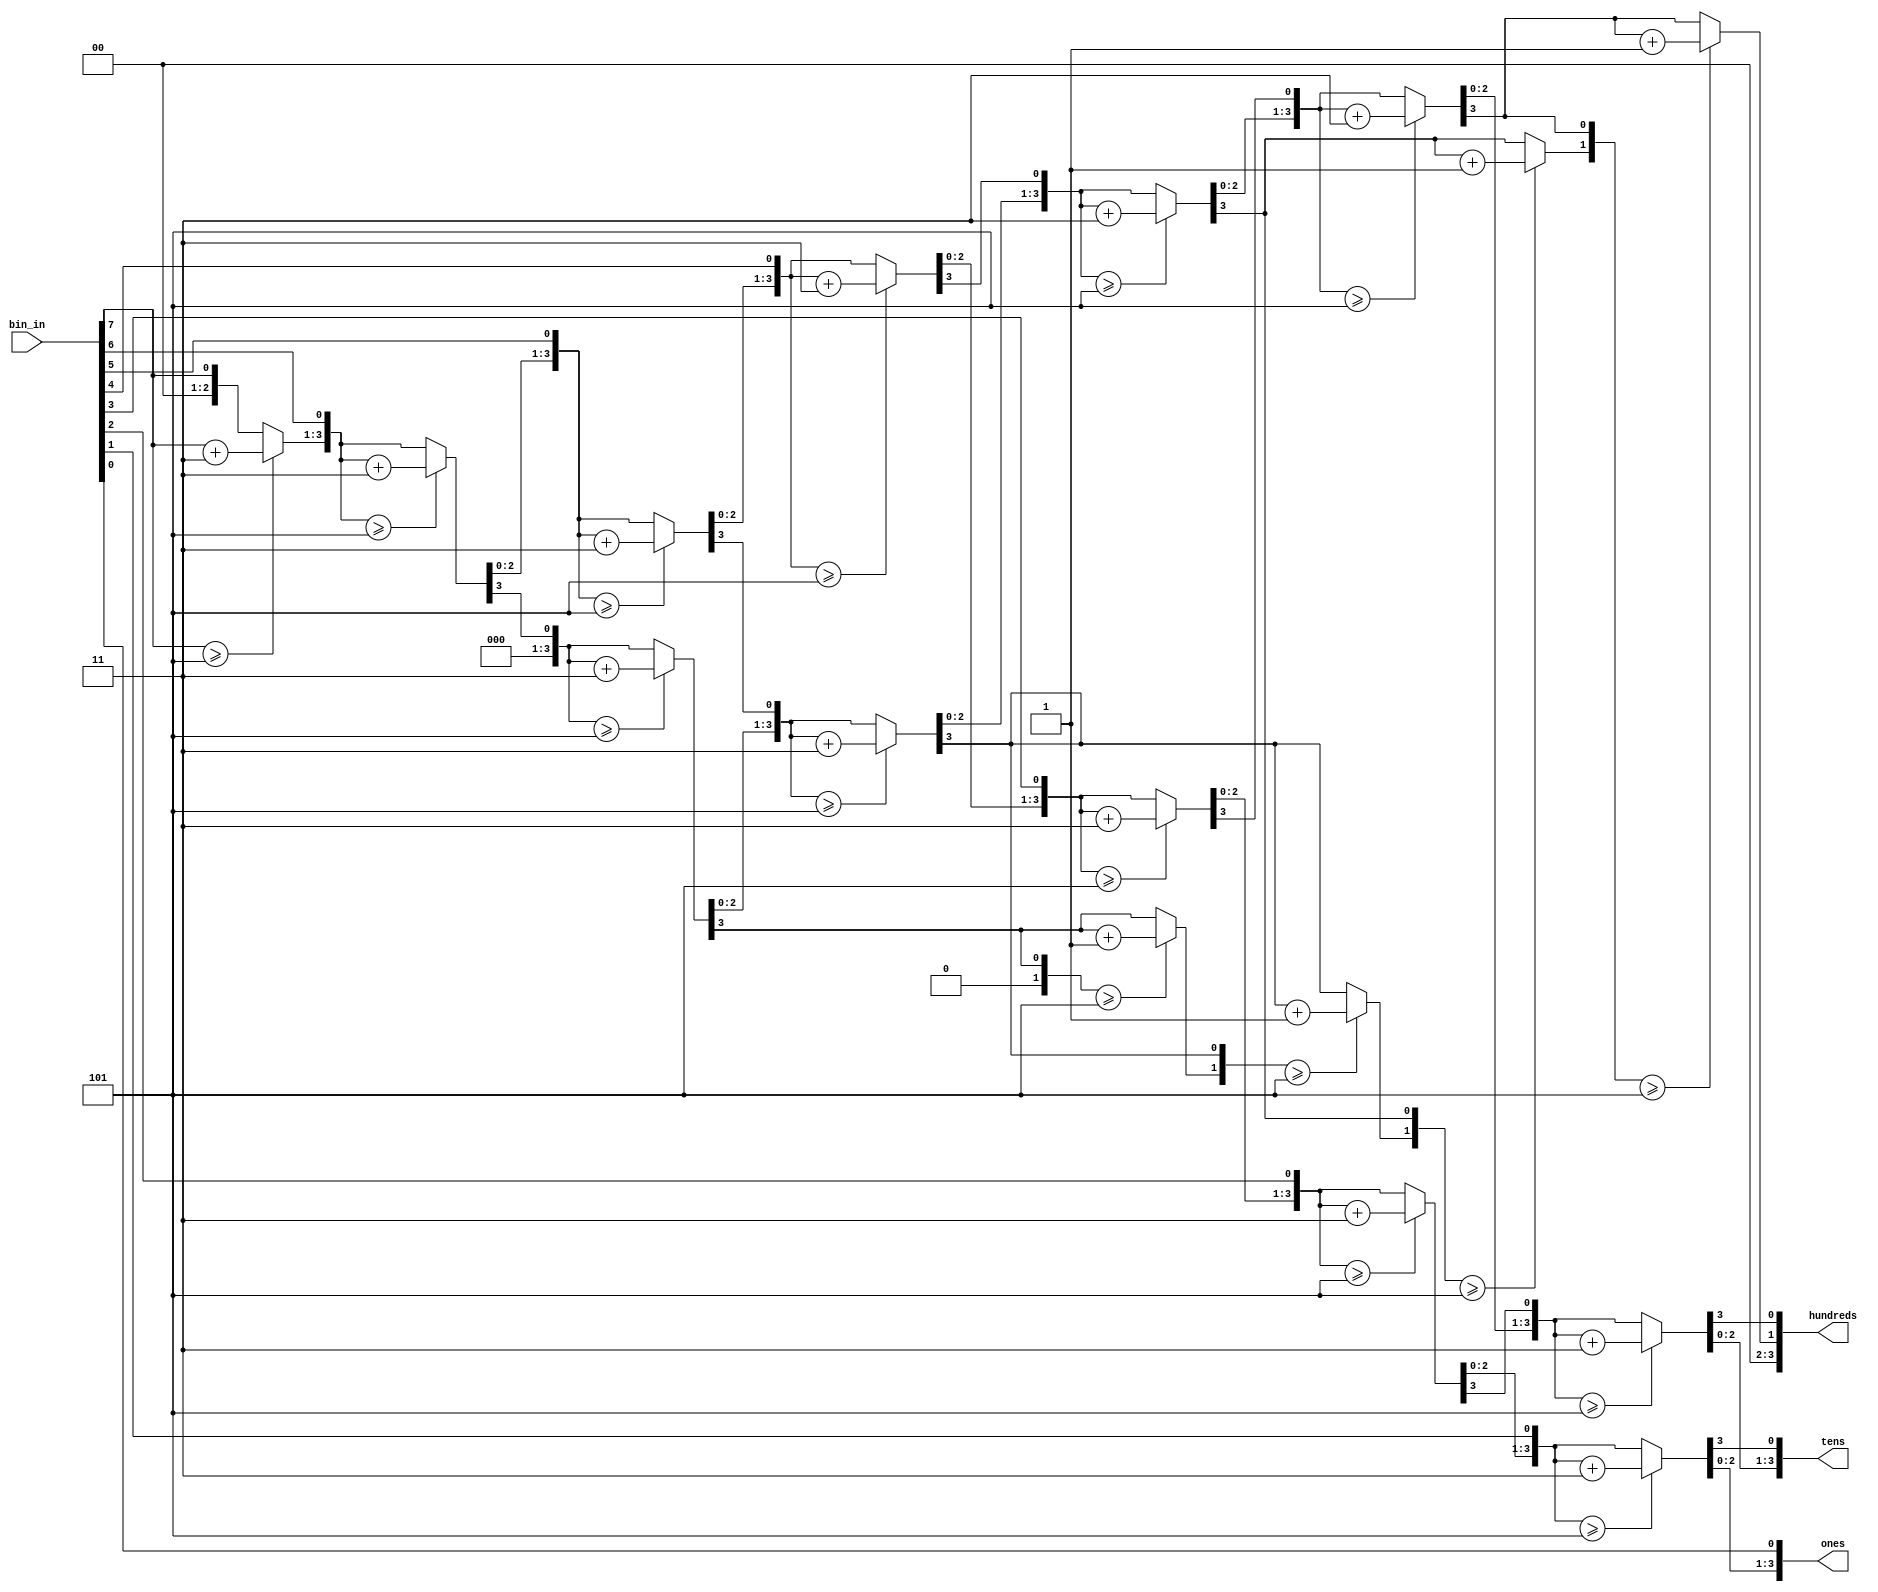

module newbcd(
	output reg[3:0]	hundreds,
	output reg[3:0]tens,
	output reg[3:0]ones,
	input	[7:0]	bin_in);
	

integer i;
 
always @(*) begin
	ones 		= 4'd0;
	tens 		= 4'd0;
	hundreds 	= 2'd0;
	
	for(i = 7; i >= 0; i = i - 1) begin
		if (ones >= 4'd5) 		ones = ones + 4'd3;
		if (tens >= 4'd5) 		tens = tens + 4'd3;
		if (hundreds >= 4'd5)	hundreds = hundreds + 4'd3;
		hundreds = {hundreds[0],tens[3]};
		tens	 = {tens[2:0],ones[3]};
		ones	 = {ones[2:0],bin_in[i]};
	end
end	
endmodule